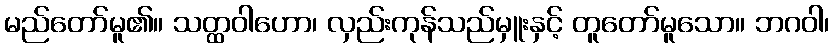
မည်တော်မူ၏။ သတ္ထဝါဟော၊ လှည်းကုန်သည်မှူးနှင့် တူတော်မူသော။ ဘဂဝါ၊